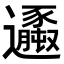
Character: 𨙆